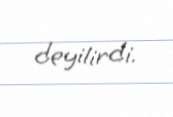
deyilirdi.